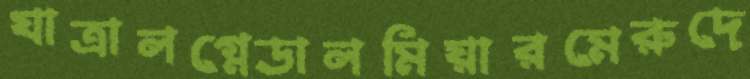
যাত্রালগ্নেডালমিয়ারমেরুদে